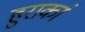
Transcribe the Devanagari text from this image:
हुराकां